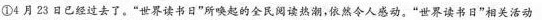
①4月23日已经过去了。”世界读书日”所唤起的全民阅读热潮，依然令人感动。”世界读书日”相关活动的初衷，以及这些活动所取得的成效，都是值得肯定的。不过。读书毕竟不是一日之功，更应该是一种恒久的坚持和沉静的坚守。②读书未必在人前，需要思考一个”静”字。唐代书法家颜真卿《劝学》诗中说”三更灯火五更鸡，正是男儿读书时”，提到的就是一种远离喧嚣和忍受孤独的读书方式。实际上，真正的读书生活，除了”奇文共欣赏，疑义相与析”的切磋，更需要静下心来，耐住寂寞，历经艰苦的跋涉和探索，最终获得丰稔的收获。③读书不能死章句，需要思考一个”活”字。李白在《嘲鲁儒》中说：”鲁叟谈五经，白发死章句。问以经济策，茫如坠烟雾，”诗人对那些夸夸其谈而没有真才实学的”鲁叟”进行了辛辣的嘲讽。这些人谈起五经头头是道，问起经世济民之策却茫然无知。他们拿腔拿调，架子十足，却死于章句，不知时变。陆游《冬夜读书示子聿》中的观点，则更加值得那些”鲁叟”们深思。他说”纸上得来终觉浅，绝知此事要躬行”，言辞朴素，满含哲理，诗中提出的理论与实践相结合的观点，至今犹有现实意义。只有在实践中才能得真知、悟真谛，真正学有所获，学有所用。④读书应重高格调，需要思考一个”高”字。书中的鲲鹏志向、报国情怀、浩然正气、丹心赤胆，对我们的精神是一种砥砺提升，对我们的心灵是一种洗涤净化，对我们的情操是一种美好陶冶……宋代抗金名臣李纲在《读书》诗中说：”平生长作蠹书蟑( yin ，一种虫子)，老去犹资慰我心。每到古人名节处，慨然掩卷一沉吟。”诗人老年耽于读书，对于涉及名节操守的内容格外看重。作者的襟怀情操，从其读书情趣可见。读高格调的书，使人内心清明、目光澄澈、骨骼清奇，脊梁挺直，从中可以识别得失成败，可以感受廉耻是非，可以升华情志操守，也可以友朋孝亲睦邻……⑤读书切莫惰寸功，需要思考一个”勤”字。唐代诗人杜荀鹤说：”少年辛苦终身事，莫向光阴惰寸功。”宋代诗人朱熹说：”少年易老学难成，一寸光阴不可轻。”这些恳切真挚的教诲，用意都是在劝人加紧学习，勤奋精进，不能放松自我，懈怠光阴。今天我们的阅读途径更加丰富多元。电子出版物，微信读书等各种古人没有见过的阅读方式，使我们的读书生活更加便捷。想想孔夫子书编三绝的劳苦，想想范仲淹断齑画粥的艰辛，我们有什么理由不更加勤奋努力地读书呢?⑤读书热是好事，但也需要一些冷静的思考。今年的”世界读书日”虽然过去了，但是对爱读书的人来说，天天都是读书日啊。(来源：中国作家网。有删改)1.阅读全文，给文章拟一个合适的标题。(2分)_________ ___2，请梳理第④段的论证过程。(2分)首先提出分论点”读书需要思考一个'高'字”，接着阐明书中的高格调对人的良好影响，①_____，②_____3.下面的材料作为本文反面论证的论据，你认为放到哪一段最合适?请简述理由。(2分)一些”咖啡书店””景区书店””宾馆书店”一改传统书店的模样，装修豪华，设计前卫，成为”网红书店”。人们纷纷涌进书店，拍照留影，旅游打卡，喧嚣不已。_________